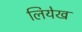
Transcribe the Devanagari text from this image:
लियेख